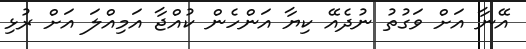
އޭނާ އަށް ވަގުތު ނުދެއޭ ކިޔާ އަންހެން ކުއްޖާ އަމިއްލަ އަށް ރުޅި